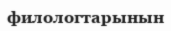
филологтарынын